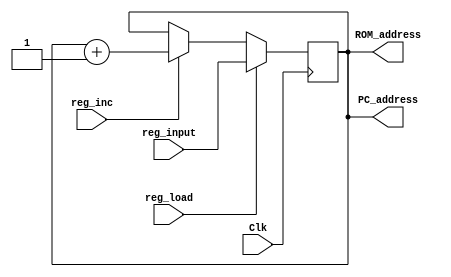
`timescale 1ns / 1ps
module PC_Register(
	input [7:0] reg_input,
	input Clk,
	input reg_load,
	output reg [7:0] PC_address,
	input reg_inc,
	output [7:0] ROM_address
    );

	 
	assign ROM_address = PC_address;
	
	always @(posedge Clk)
		begin
			if (reg_load)
				begin
					PC_address =reg_input;
				end
			else if(reg_inc)
					begin
						PC_address = PC_address+8'b1;
					end
		end
		
	initial
		begin
		PC_address=8'b0;
		end
endmodule